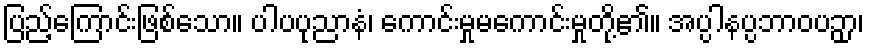
ပြည့်ကြောင်းဖြစ်သော။ ပါပပုညာနံ၊ ကောင်းမှုမကောင်းမှုတို့၏။ အပ္ပါနပ္ပဘာဝပဉှာ၊